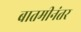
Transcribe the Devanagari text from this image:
बातमीनंतर